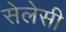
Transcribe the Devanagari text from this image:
सेलेसी